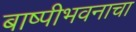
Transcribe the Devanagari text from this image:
बाष्पीभवनाचा